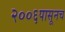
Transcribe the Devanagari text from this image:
२००६पासूनच